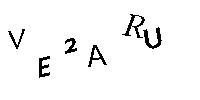
VE2ARU